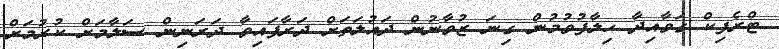
ޓްރެފިކް ގަވާއިދާ ހިލާފުވުމުން ގިނަ ޒުވާނުން ދައުލަތަށް ދަރާފައިވާ ދަރަނިން ސަލާމަށް ކުރުމަށް